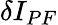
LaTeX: \delta I_{PF}